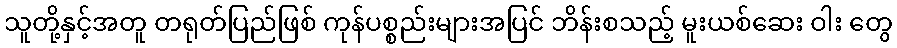
သူတို့နှင့်အတူ တရုတ်ပြည်ဖြစ် ကုန်ပစ္စည်းများအပြင် ဘိန်းစသည့် မူးယစ်ဆေး ဝါး တွေ